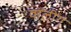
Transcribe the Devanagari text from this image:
वालीगं